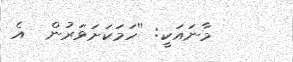
މާނައަކީ: ''ހަމަކަށަވަރުން  އެ